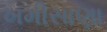
ખમીસાણા